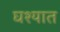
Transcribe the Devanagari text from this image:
घश्यात